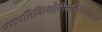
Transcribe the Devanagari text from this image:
नगपतिकिशोरीमविरतम्॥३॥